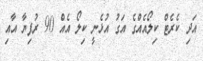
އަދި ކެރެޓް ކިލޯއެއްގެ އަގު އުޅެނީ ކިލޯ އެއް 90 ރުފިޔާ އާއި